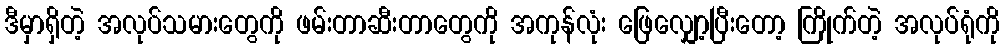
ဒီမှာရှိတဲ့ အလုပ်သမားတွေကို ဖမ်းတာဆီးတာတွေကို အကုန်လုံး ဖြေလျှော့ပြီးတော့ ကြိုက်တဲ့ အလုပ်ရုံကို